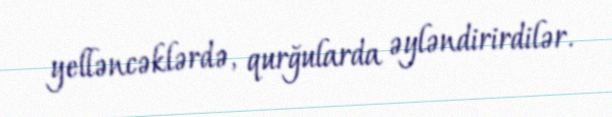
yelləncəklərdə, qurğularda əyləndirirdilər.